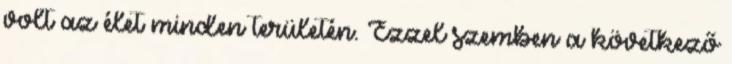
volt az élet minden területén. Ezzel szemben a következő